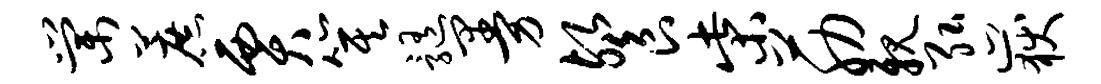
棠蔗贾箕髓曼餐柴筋亲弘岳